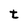
Character: t